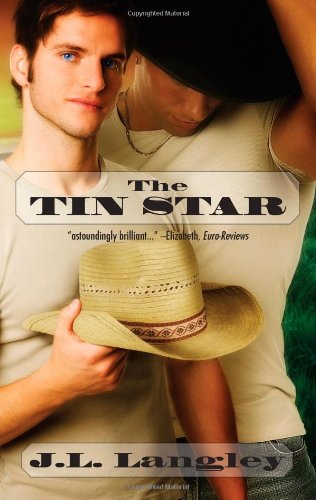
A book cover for The Tin Star; J. L. Langley; Romance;